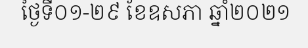
ថ្ងៃទី០១-២៩ ខែឧសភា ឆ្នាំ២០២១